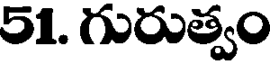
51. గురుత్వం